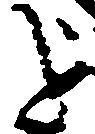
を